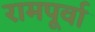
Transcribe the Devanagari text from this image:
रामपूर्वा